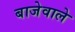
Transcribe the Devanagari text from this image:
बाजेवाले